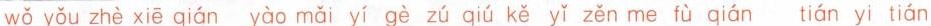
wǒ yǒu zhè xīe qián yào maǐ yī gè zú qíu kě yǐ zěn me fù qián tián yi tián